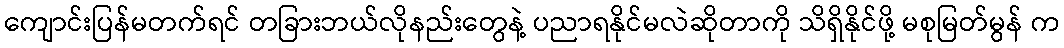
ကျောင်းပြန်မတက်ရင် တခြားဘယ်လိုနည်းတွေနဲ့ ပညာရနိုင်မလဲဆိုတာကို သိရှိနိုင်ဖို့ မစုမြတ်မွန် က